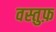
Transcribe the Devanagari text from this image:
वस्तुफ़